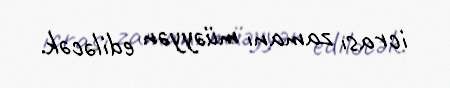
icrası zamanı müəyyən ediləcək.